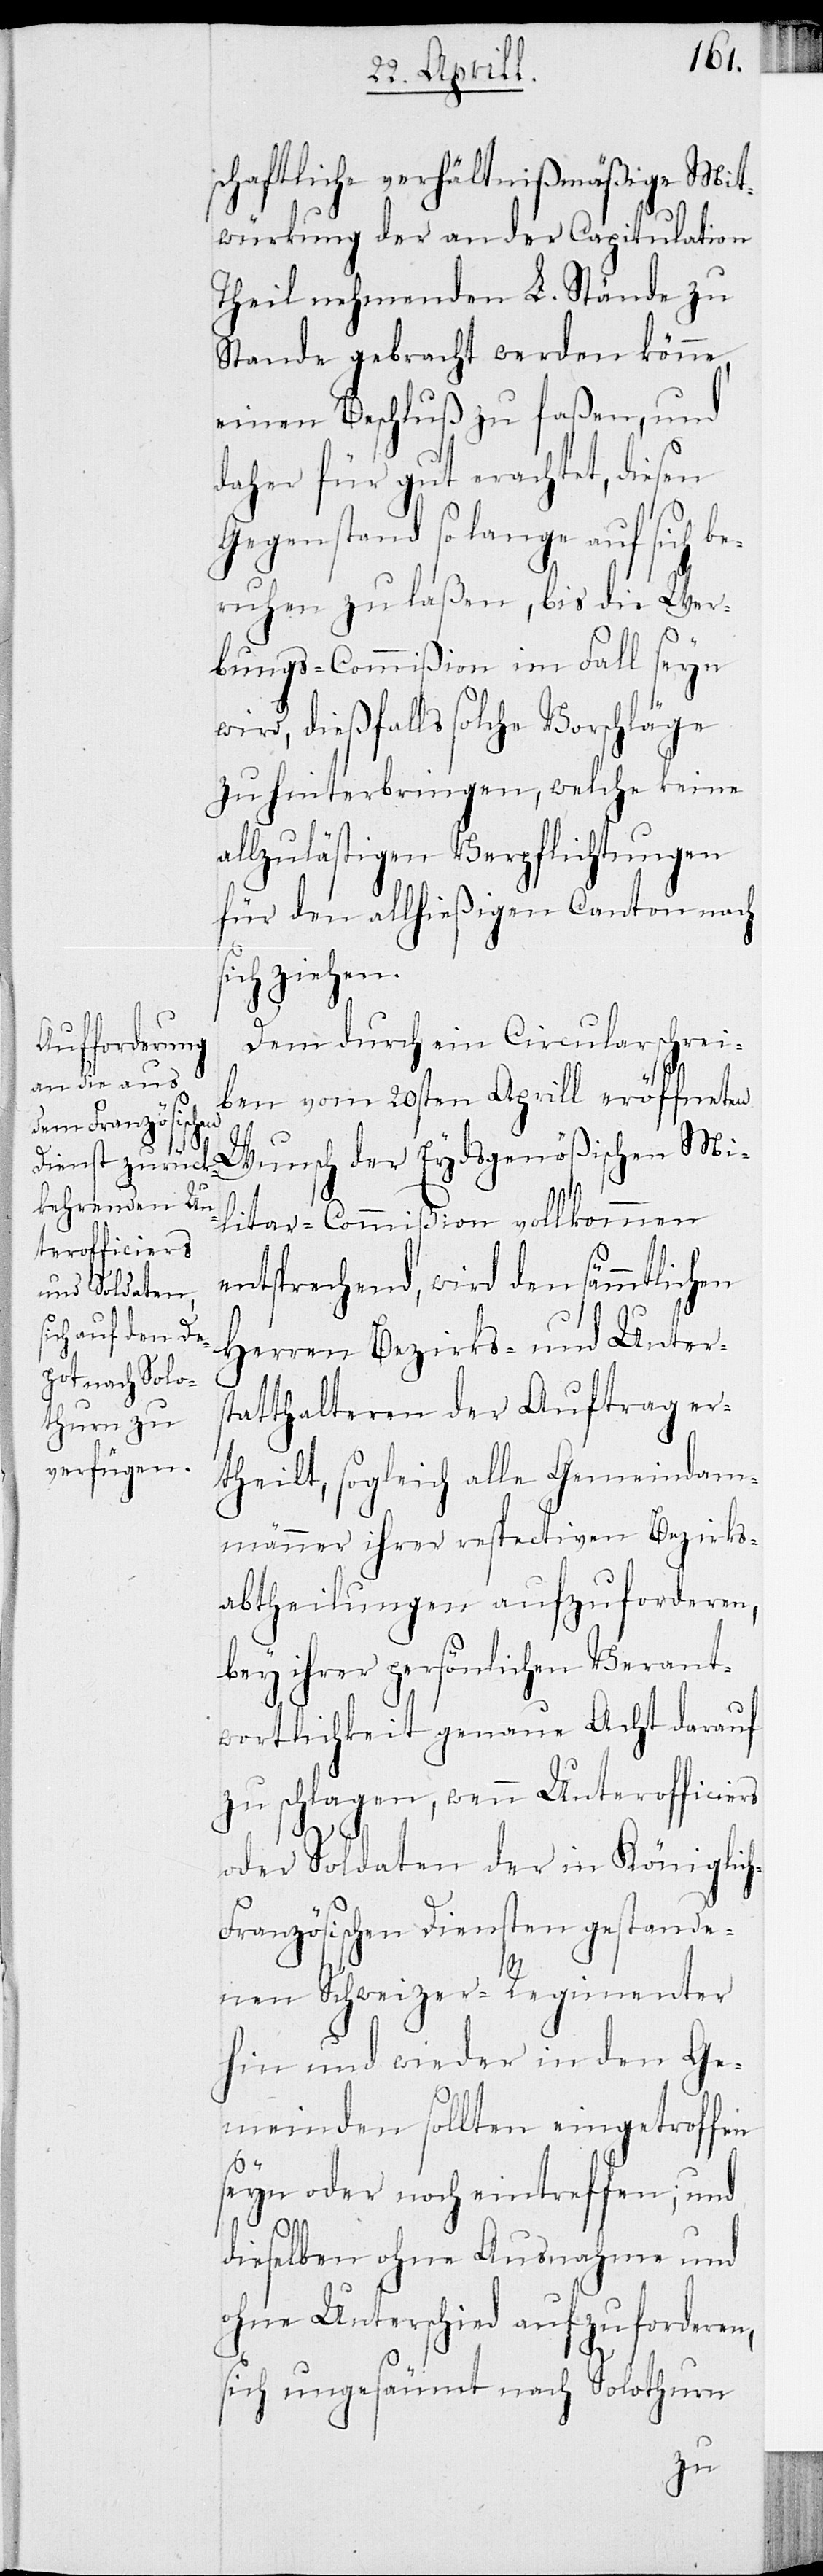
schaftliche verhältnißmäßige Mit¬
würkung der an der Capitulation
Theil nehmenden L. Stände zu
Stande gebracht werden könne,
einen Beschluß zu faßen, und
daher für gut erachtet, diesen
Gegenstand so lange auf sich be¬
ruhen zu laßen, bis die Wer¬
bungscommißion im Fall seyn
wird, dießfalls solche Vorschläge
zu hinterbringen, welche keine
allzulästigen Verpflichtungen
für den allhießigen Canton nach
sich ziehen.
Dem durch ein Circularschrei¬
ben vom 30sten Aprill eröffneten
Wunsch der Eydsgenößischen Mi¬
litar-Commißion vollkommen
entsprechend, wird den sämmtlichen
Herren Bezirks- und Unters¬
tatthalteren der Auftrag er¬
theilt, sogleich alle Gemeindam¬
männer ihrer respectiven Bezirks¬
abtheilungen aufzuforderen,
bey ihrer persönlichen Verant¬
wortlichkeit genaue Acht darauf
zu schlagen, wenn Unterofficiers
oder Soldaten der in Königlic¬
h-Französischen Diensten gestande¬
nen Schweizer-Regimenter
hin und wieder in den Ge¬
meinden sollten eingetroffen
seyn oder noch eintreffen; und
dieselben ohne Ausnahme und
ohne Unterschied aufzuforderen,
sich ungesäumt nach Solothurn